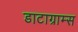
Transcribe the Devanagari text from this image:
डाटाग्राम्स